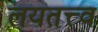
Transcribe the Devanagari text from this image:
लयतत्त्व